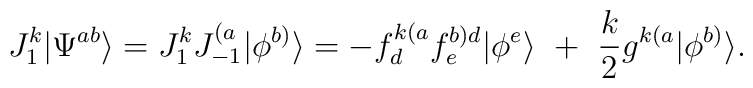
J^k_1|\Psi^{ab}\rangle=J^k_1J^{(a}_{-1}|\phi^{b)}\rangle=-f^{k(a}_df^{b)d}_e|\phi^e\rangle~+~{k\over2}g^{k(a}|\phi^{b)}\rangle.